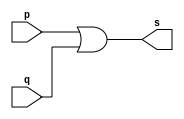
//-------------
//Exemplo0015//OR
//Nome:Leonardo Machado Decina
//-------------
//-------------
//--orgate
//-------------
module orgate (output s, input p, input q);
assign s = (p | q);
endmodule // orgate
module orgate2 (output s, input p, input q, input r);
wire s1;
orgate OR1 (s1, p, q);
orgate OR2 (s, r, s1);
endmodule//endgate
module testorgate;
reg a,b,c;
wire s;
orgate2 OR3(s,a,b,c);
//---------parte principal
initial begin:start
a=0;b=0;c=0;
end

initial begin:main
$display("Exemplo0015 - Leonardo Machado Decina 451588");
$display("test orgate");
$display("a | b | c = s");

#1 a=0;b=0;c=0;
$monitor("%b | %b | %b = %b",a,b,c,s);
#1 a=0;b=0;c=1;
#1 a=0;b=1;c=0;
#1 a=0;b=1;c=1;
#1 a=1;b=0;c=0;
#1 a=1;b=0;c=1;
#1 a=1;b=1;c=0;
#1 a=1;b=1;c=1;
end
endmodule//testorgate